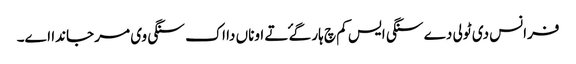
فرانس دی ٹولی دے سنگی ایس کم چ ہار گۓ تے اوناں دا اک سنگی وی مر جاندا اے۔